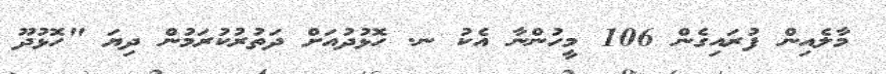
މާލެއިން ފުރައިގެން 106 މީހުންނާ އެކު ނ. ހޮޅުދުއަށް ދަތުރުކުރަމުން ދިޔަ "ހޮޅުދޫ